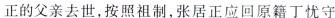
正的父亲去世，按照祖制，张居正应回原籍丁忧守